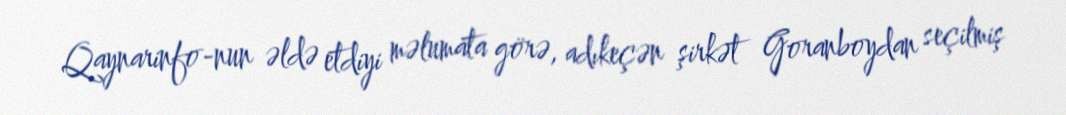
Qaynarinfo-nun əldə etdiyi məlumata görə, adıkeçən şirkət Goranboydan seçilmiş